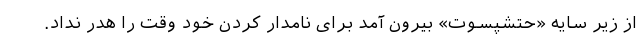
از زیر سایه «حتشپسوت» بیرون آمد برای نامدار کردن خود وقت را هدر نداد.